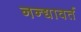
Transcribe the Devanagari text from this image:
नन्द्यावर्त